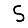
Digit: 5